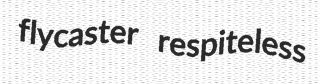
flycaster respiteless